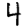
Digit: 4